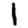
Digit: 1